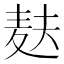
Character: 麸